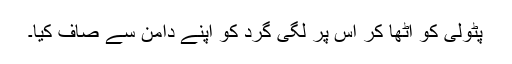
پٹولی کو اُٹھا کر اس پر لگی گرد کو اپنے دامن سے صاف کیا۔